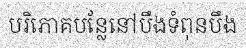
បរិភោគបន្លែនៅបឹងទំពុនបឹង